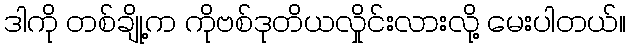
ဒါကို တစ်ချို့က ကိုဗစ်ဒုတိယလှိုင်းလားလို့ မေးပါတယ်။